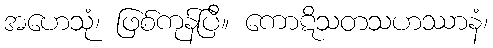
အဟေသုံ၊ ဖြစ်ကုန်ပြီ။ ကောဋိသတသဟဿာနံ၊